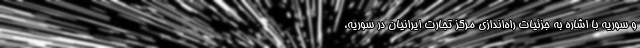
و سوریه با اشاره به جزئیات راه‌اندازی مرکز تجارت ایرانیان در سوریه،